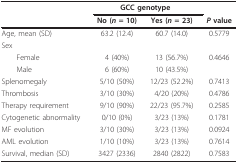
|  | <COLSPAN=2> GCC genotype |  |
 |  | No (n = 10) | Yes (n = 23) | P value |
 | --- | --- | --- | --- |
 | Age, mean (SD) | 63.2 (12.4) | 60.7 (14.0) | 0.5779 |
 | Sex |  |  |  |
 | Female | 4 (40%) | 13 (56.7%) | 0.4646 |
 | Male | 6 (60%) | 10 (43.5%) |  |
 | Splenomegaly | 5/10 (50%) | 12/23 (52.2%) | 0.7413 |
 | Thrombosis | 3/10 (30%) | 4/20 (20%) | 0.4786 |
 | Therapy requirement | 9/10 (90%) | 22/23 (95.7%) | 0.2585 |
 | Cytogenetic abnormality | 0/10 (0%) | 3/23 (13%) | 0.1781 |
 | MF evolution | 3/10 (30%) | 3/23 (13%) | 0.0924 |
 | AML evolution | 1/10 (10%) | 3/23 (13%) | 0.7614 |
 | Survival, median (SD) | 3427 (2336) | 2840 (2822) | 0.7583 |